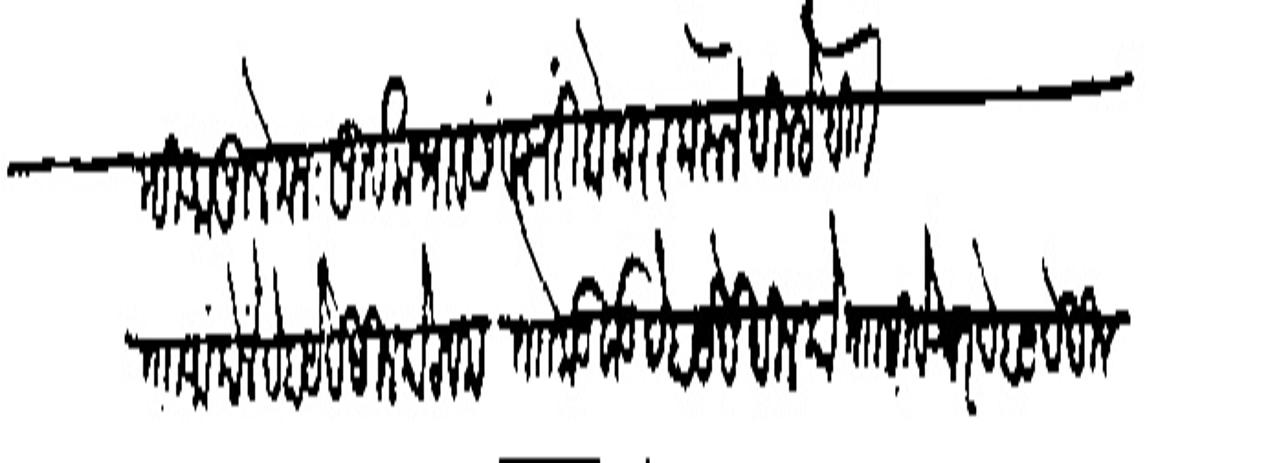
Transliteration (Devanagari): म्ही आपुले मनःपूर्वक भाव संबत्सरी मोकरर करन दिल्हे थीग
ताा आांकोसे बेहावेदेखील कोट वम ता कडवाड बेहायेदेखील को ताा सिबेश्वर देहायदेखील